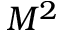
M ^ { 2 }